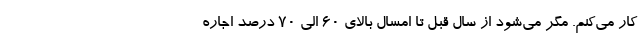
کار می‌کنم. مگر می‌شود از سال قبل تا امسال بالای 60 الی 70 درصد اجاره